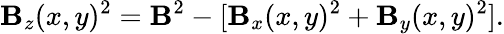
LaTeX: \mathbf{B}_{z}(x,y)^{2}=\mathbf{B}^{2}-[\mathbf{B}_{x}(x,y)^{2}+\mathbf{B}_{y}(x,y)^{2}].